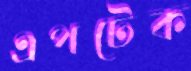
এপটেক